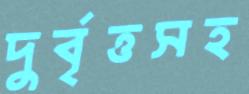
দুর্বৃত্তসহ